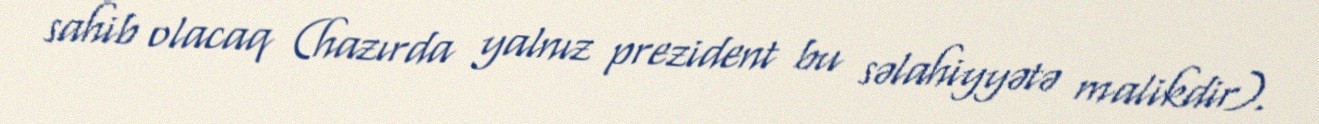
sahib olacaq (hazırda yalnız prezident bu səlahiyyətə malikdir).